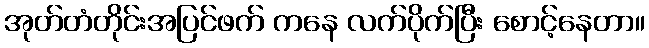
အုတ်တံတိုင်းအပြင်ဖက် ကနေ လက်ပိုက်ပြီး စောင့်နေတာ။